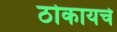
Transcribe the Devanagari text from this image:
ठोकायचे